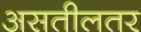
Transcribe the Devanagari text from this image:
असतीलतर